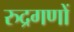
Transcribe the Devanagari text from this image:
रुद्रगणों